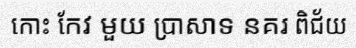
កោះ កែវ មួយ ប្រាសាទ នគរ ពិជ័យ